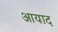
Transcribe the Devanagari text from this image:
आयाद